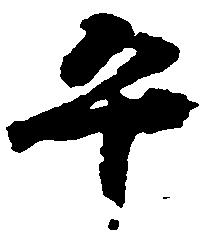
平